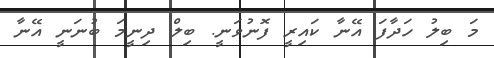
މަ ބިލު ހަދާފަ އޭނާ ކައިރީ ފޮނުވަނީ. ބިލް ދިނީމަ ބުނަނީ އޭނާ